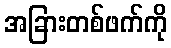
အခြားတစ်ဖက်ကို